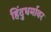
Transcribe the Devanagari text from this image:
हिंदुधर्मावर